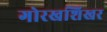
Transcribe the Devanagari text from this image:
गोरखशिखर